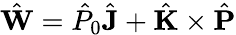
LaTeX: \hat{\mathbf{W}}=\hat{P}_{0}\hat{\mathbf{J}}+\hat{\mathbf{K}}\times\hat{\mathbf{P}}